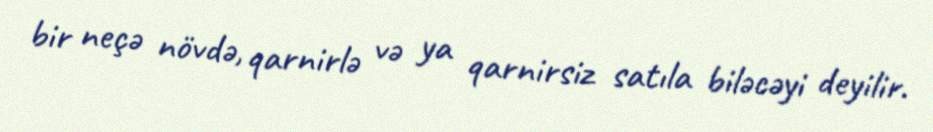
bir neçə növdə, qarnirlə və ya qarnirsiz satıla biləcəyi deyilir.